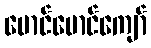
မောင်မောင်ကျော်